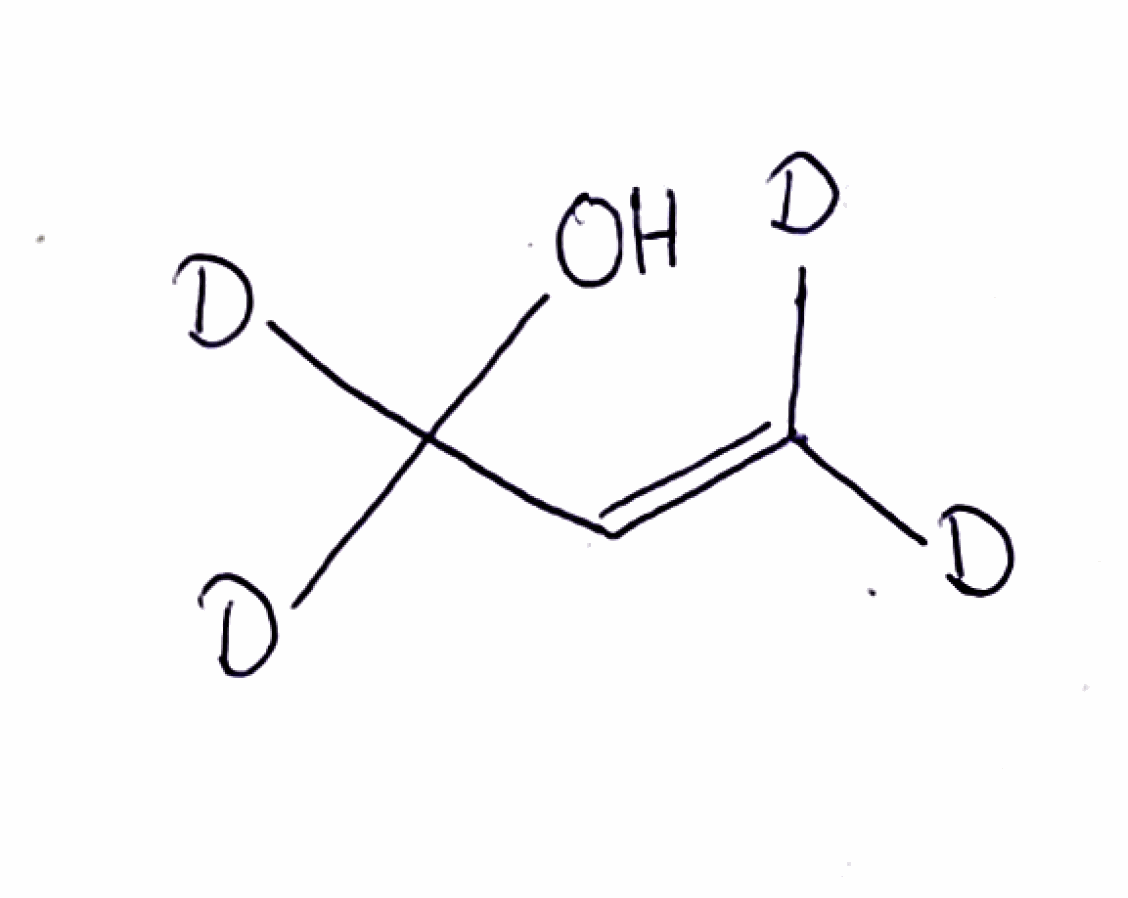
Simplified molecular-input line-entry system (SMILES) notation of the given molecule:
[2H]C(=CC([2H])([2H])O)[2H]